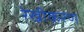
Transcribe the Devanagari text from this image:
रेखीकरण